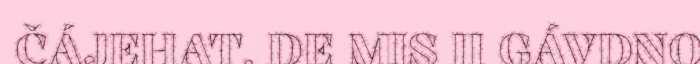
ČÁJEHAT. DE MIS II GÁVDNO